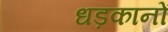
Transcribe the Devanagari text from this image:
धड़कानों